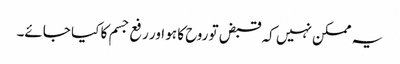
یہ ممکن نہیں کہ قبض تو روح کا ہو اور رفع جسم کا کیا جائے۔